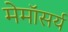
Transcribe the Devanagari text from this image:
मेमॉसर्य